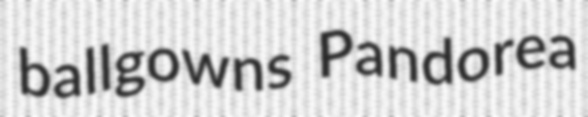
ballgowns Pandorea